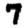
Digit: 7